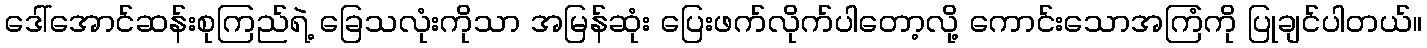
ဒေါ်အောင်ဆန်းစုကြည်ရဲ့ ခြေသလုံးကိုသာ အမြန်ဆုံး ပြေးဖက်လိုက်ပါတော့လို့ ကောင်းသောအကြံကို ပြုချင်ပါတယ်။